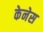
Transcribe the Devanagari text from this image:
केनेस